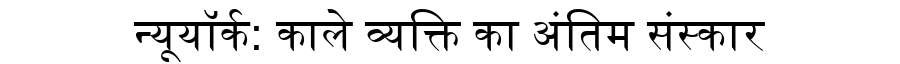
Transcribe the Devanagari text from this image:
न्यूयॉर्क: काले व्यक्ति का अंतिम संस्कार